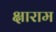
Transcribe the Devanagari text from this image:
क्षाराम